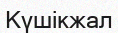
Күшікжал